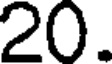
20.